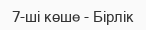
7-ші көше - Бірлік